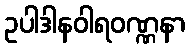
ဥပါဒါနဝါရဝဏ္ဏနာ